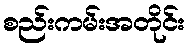
စည်းကမ်းအတိုင်း